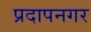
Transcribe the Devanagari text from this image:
प्रदापनगर